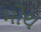
મોથ